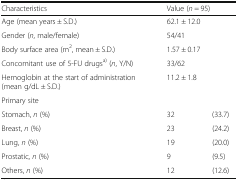
<table><thead><tr><td><b>Characteristics</b></td><td colspan="2"><b>Value (<i>n</i> = 95)</b></td></tr></thead><tbody><tr><td>Age (mean years ± S.D.)</td><td colspan="2">62.1 ± 12.0</td></tr><tr><td>Gender (<i>n</i>, male/female)</td><td colspan="2">54/41</td></tr><tr><td>Body surface area (m<sup>2</sup>, mean ± S.D.)</td><td colspan="2">1.57 ± 0.17</td></tr><tr><td>Concomitant use of 5-FU drugs<sup>a)</sup> (<i>n</i>, Y/N)</td><td colspan="2">33/62</td></tr><tr><td>Hemoglobin at the start of administration (mean g/dL ± S.D.)</td><td colspan="2">11.2 ± 1.8</td></tr><tr><td colspan="3">Primary site</td></tr><tr><td>Stomach, <i>n</i> (%)</td><td>32</td><td>(33.7)</td></tr><tr><td>Breast, <i>n</i> (%)</td><td>23</td><td>(24.2)</td></tr><tr><td>Lung, <i>n</i> (%)</td><td>19</td><td>(20.0)</td></tr><tr><td>Prostatic, <i>n</i> (%)</td><td>9</td><td>(9.5)</td></tr><tr><td>Others, <i>n</i> (%)</td><td>12</td><td>(12.6)</td></tr></tbody></table>